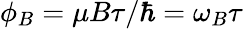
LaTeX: \phi_{B}=\mu B\tau/\hbar=\omega_{B}\tau